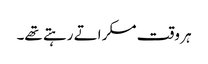
ہر وقت مسکراتے رہتے تھے۔